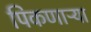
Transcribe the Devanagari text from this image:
पिकणाऱ्या